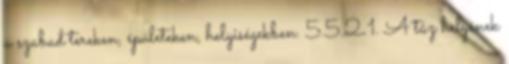
a szabad tereken, épületeken, helyiségekben. 5.5.2.1. A tûz helyének